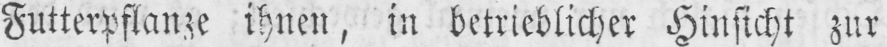
Futterpflanze ihnen, in betrieblicher Hinsicht zur